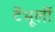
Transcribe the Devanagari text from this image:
टेंभूर्ली